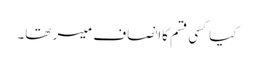
کیاکسی قسم کاانصاف میسر تھا۔